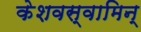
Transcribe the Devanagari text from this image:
केशवस्वामिन्